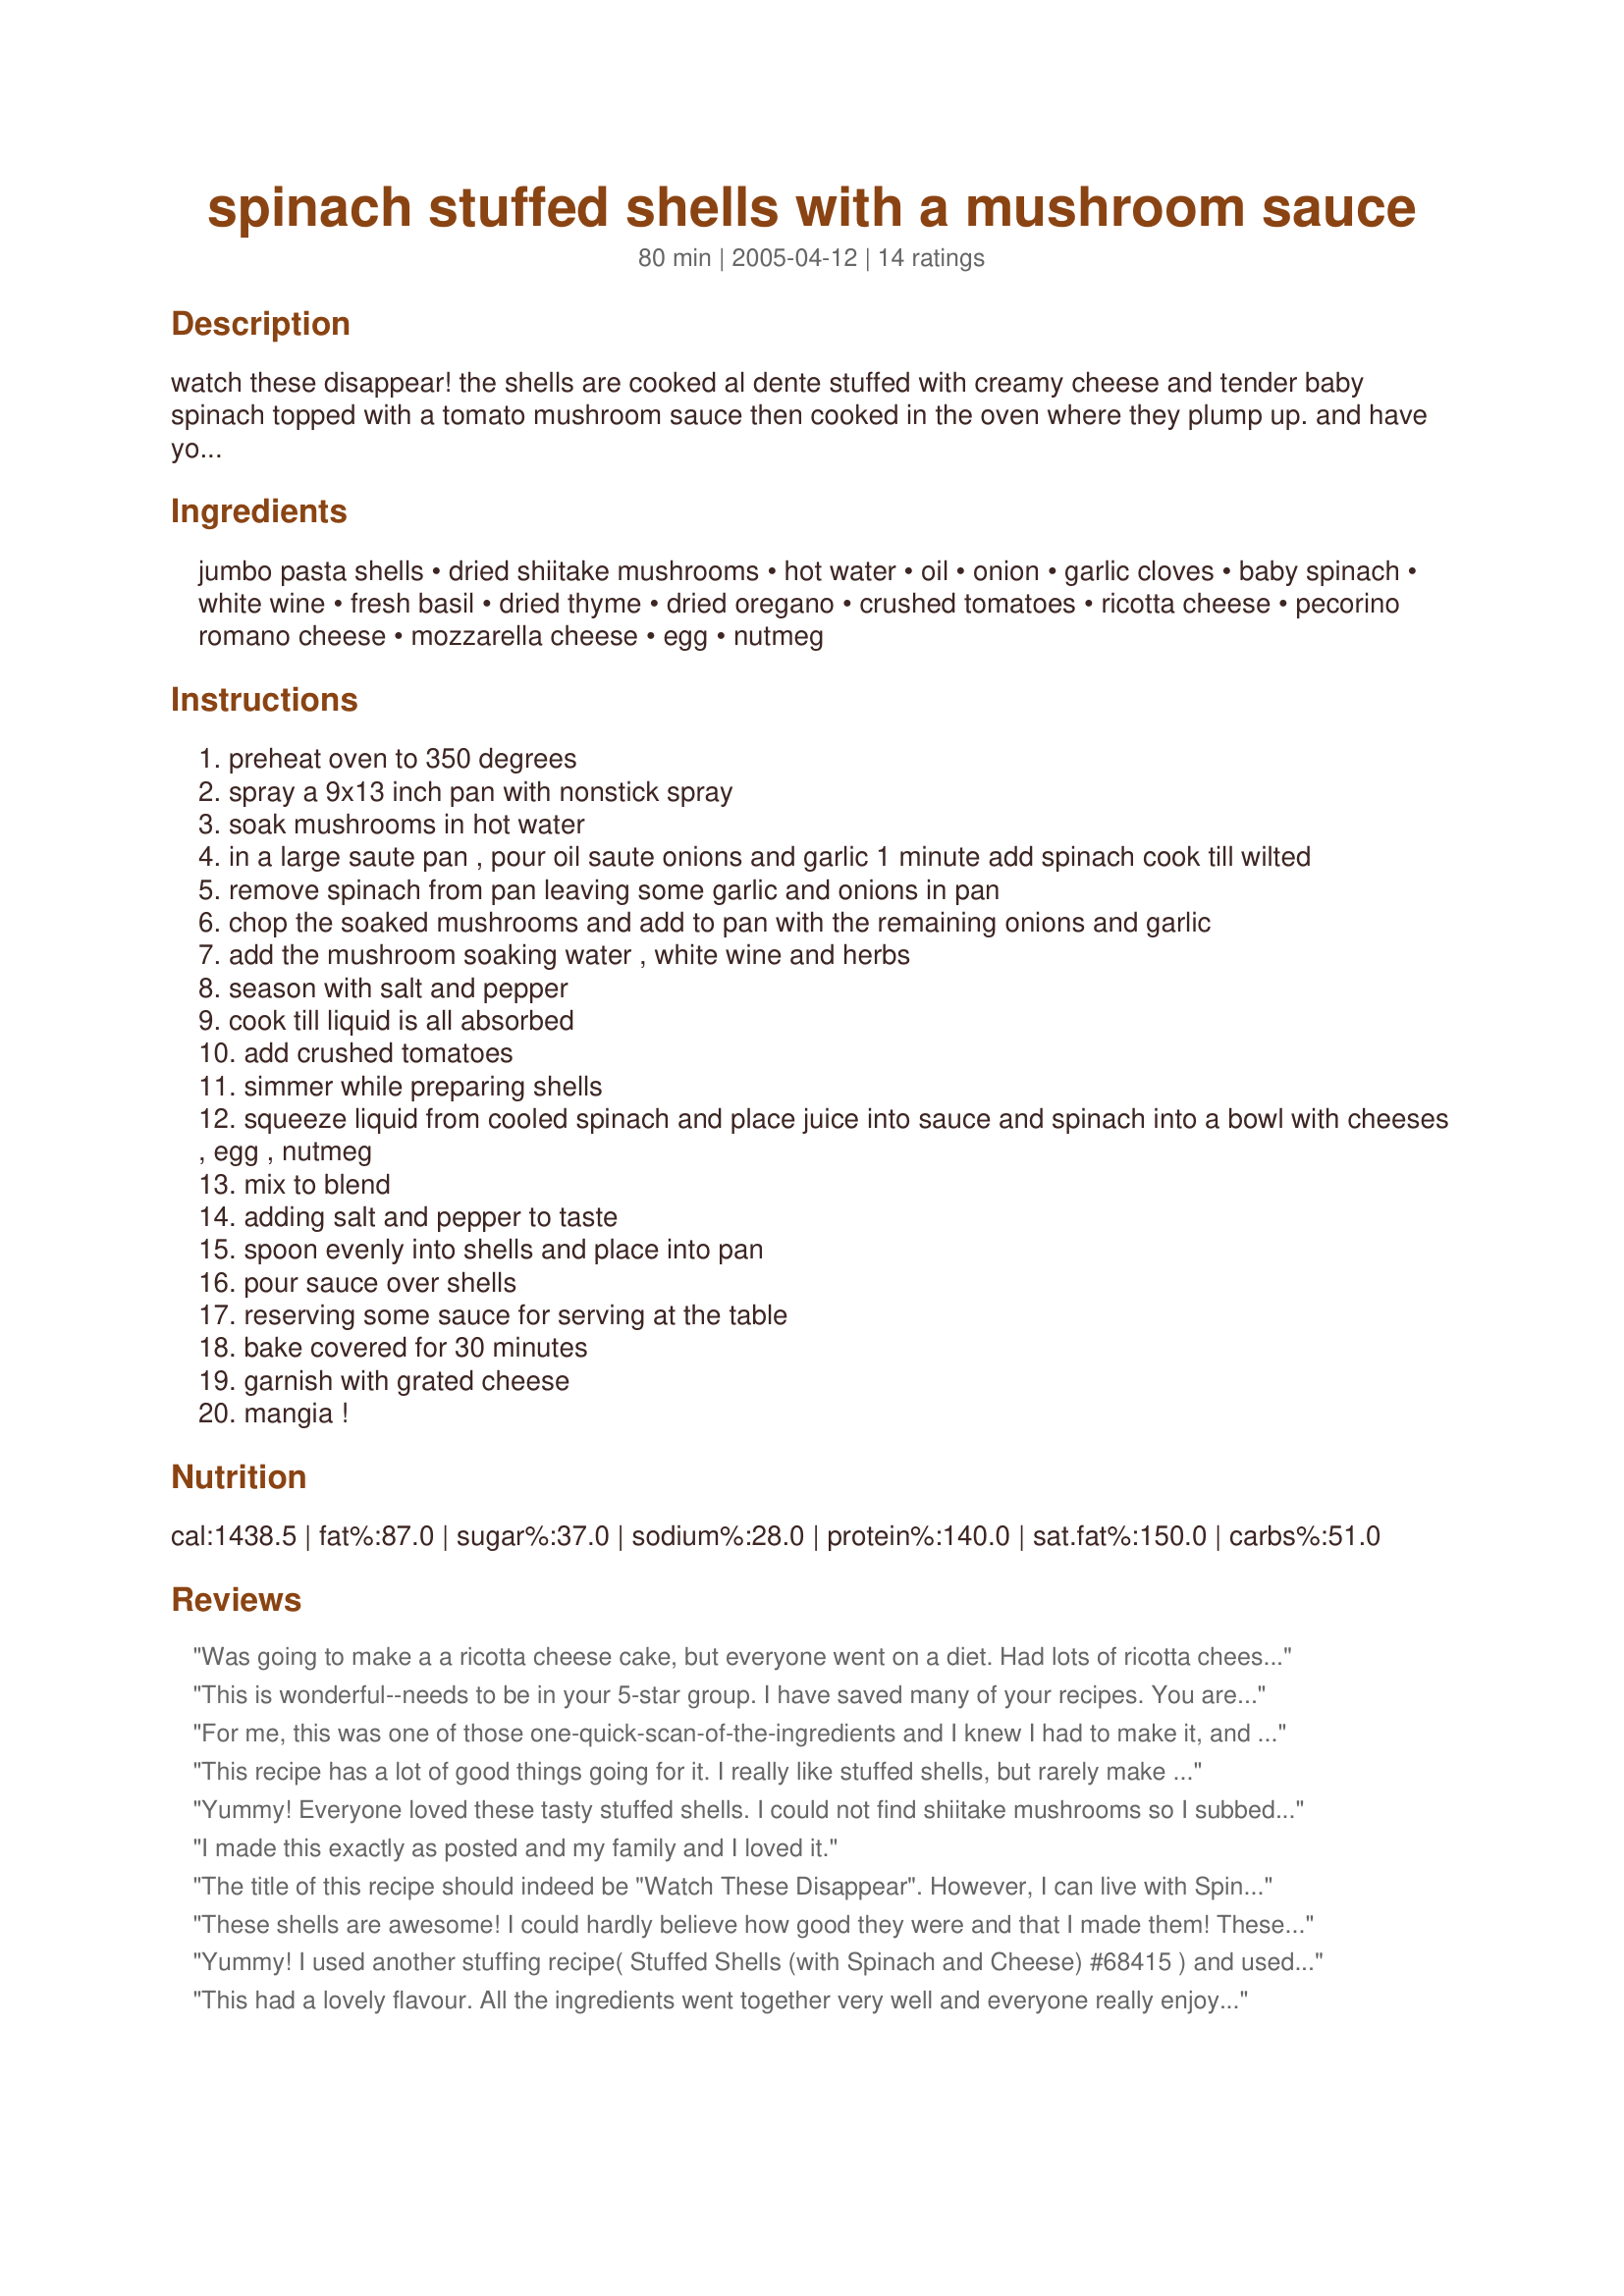
spinach stuffed shells with a mushroom sauce
Preparation time: 80 minutes

watch these disappear! the shells are cooked al dente stuffed with creamy cheese and tender baby spinach topped with a tomato mushroom sauce then cooked in the oven where they plump up. and have you wanting more.

Ingredients:
jumbo pasta shells, dried shiitake mushrooms, hot water, oil, onion, garlic cloves, baby spinach, white wine, fresh basil, dried thyme, dried oregano, crushed tomatoes, ricotta cheese, pecorino romano cheese, mozzarella cheese, egg, nutmeg

Steps:
preheat oven to 350 degrees
spray a 9x13 inch pan with nonstick spray
soak mushrooms in hot water
in a large saute pan , pour oil saute onions and garlic 1 minute add spinach cook till wilted
remove spinach from pan leaving some garlic and onions in pan
chop the soaked mushrooms and add to pan with the remaining onions and garlic
add the mushroom soaking water , white wine and herbs
season with salt and pepper
cook till liquid is all absorbed
add crushed tomatoes
simmer while preparing shells
squeeze liquid from cooled spinach and place juice into sauce and spinach into a bowl with cheeses , egg , nutmeg
mix to blend
adding salt and pepper to taste
spoon evenly into shells and place into pan
pour sauce over shells
reserving some sauce for serving at the table
bake covered for 30 minutes
garnish with grated cheese
mangia !

Reviews:
Was going to make a a ricotta cheese cake, but everyone went on a diet. Had lots of ricotta cheese to use up. These looked yummy, and they were!! Diet ha! everyone wanted 2nds.
This is wonderful--needs to be in your 5-star group. I have saved many of your recipes. You are one great cook! Gloria
For me, this was one of those one-quick-scan-of-the-ingredients and I knew I had to make it, and that I’d love it. I doubled the recipe, used fresh mushrooms, so didn’t need the water, but otherwise stuck to the recipe, which I rarely do. Great blend of flavours. Absolutely delicious, and everyone loved it! I’ll be making this again, I know. Meanwhile, it’s great to know there’s more meal in the freezer for another night. Thanks Rita: a great recipe to honour the Italian part of our 2005 Zaar World Tour!
This recipe has a lot of good things going for it. I really like stuffed shells, but rarely make them as they are time consuming. So the contest gave me an excuse to prepare them. The filling in these is really good, but for me the basil overpowered the sauce a tad. Other than that, I thought the sauce was okay; it thickened nicely, had lots of mushroms (yum), and baked well in the pan. I only ended up with enough of the cheese & spinach filling to stuff about 2/3 of the package of shells I had, but I do tend to overfill them. Thank you for sharing your recipe.
Yummy! Everyone loved these tasty stuffed shells. I could not find shiitake mushrooms so I subbed brown mushrooms instead, I cut the water to 1/2 cups because the mushrooms did not have to be rehydrated. I made this casserole 1 day ahead and then baked for it supper the next night. I'm sure this recipe would work well for OAMC and when I try it I will add my comments. Thanks for posting!
I made this exactly as posted and my family and I loved it.
The title of this recipe should indeed be "Watch These Disappear". However, I can live with Spinach Stuffed Shells with a Mushroom Sauce, because chef, you have artfully applied your craft in developing a recipe that would evoke highest praise from the strictest Italian Mama. You successfully blended the herbs with nutmeg to ultimately, create a delicious "gourmetasania
However, one small point, chef: Your instructions (8) and (14) clearly want us to season with salt and pepper, yet, these do not appear in the list of ingredients. The critical factors in determining whether or not I will attempt a recipe is the Sodium/salt factor. I believe to not include these in your list of ingredients is not good. In this instance, however, it is also, "not a bad thing", because of the small quantities (to taste). Congratulations, chef, and thank you for sharing your talent; you obviously have a "feel" for cooking.....
These shells are awesome! I could hardly believe how good they were and that I made them! These should be called Houdini Shells, because they disappeared so fast :) Thanks Rita!
Yummy! I used another stuffing recipe( Stuffed Shells (with Spinach and Cheese) #68415 ) and used dried Porcini as opposed to shiitake, and used cannelloni (sure i have spelt that wrong :P ) instead of shells (couldnt find shells :P 
)and it was amazing. My husband is a very fussy eater, who is Italian and only eats good quality food. This was a two thumbs up - rare - WELL DONE! Thanks for such a tasty sauce :)
This had a lovely flavour. All the ingredients went together very well and everyone really enjoyed this dish. Thanks!
This is very good-it even has enough cheese to satisfy my tastes! I used fresh shiitake mushrooms, couldn't find dried here. The sauce has a really good Italian flavor. I'll be making this again.
I made this for dinner last weekend and served with garlic bread and it was DIVINE! I made a few changes based on diet restrictions/ingredients on hand as follows: Used veggie broth vs. wine, used portabello mushrooms vs. shitake (I still soaked them in hot water to extract the yummy mushroom flavour though), left the egg out. Also I microwaved some butternut squash, carrots, celery, as well as roasted a red pepper over the stovetop (thank you Gas Stove!), and pureed these into the canned tomatoes before adding to the pan to cook as a sauce. I also added abt 2-4 tblspoons of tomato paste to heighten the tomato flavour. I must say the nutmeg flavour was so AMAZING! All in all, this recipe's a keeper and is going to be served at many dinner parties in the future : ) Thanks for posting!
I make this and it is to die for...and is most delicious. Was married to an Italian and found it to be regional with the spices. This is a spectacular recipe and a keeper!
This was delicious! The sauce was fabulous and really made the dish special. I followed the recipe as directed, but used some of the red wine I was going to serve for dinner in the sauce in place of the white.
